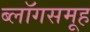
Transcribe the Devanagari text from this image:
ब्लॉगसमूह